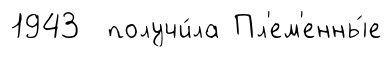
1943 получи́ла Пл'ем'енны́е